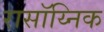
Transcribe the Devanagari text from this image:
रासॉय्निक